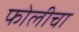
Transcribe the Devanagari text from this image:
फोलीचा